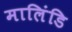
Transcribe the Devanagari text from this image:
मालिंडि